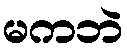
မကဘဲ